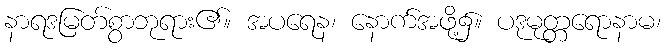
နာရဒမြတ်စွာဘုရား၏။ အပရေန၊ နောက်အဖို့၌။ ပဒုမုတ္တရောနာမ၊